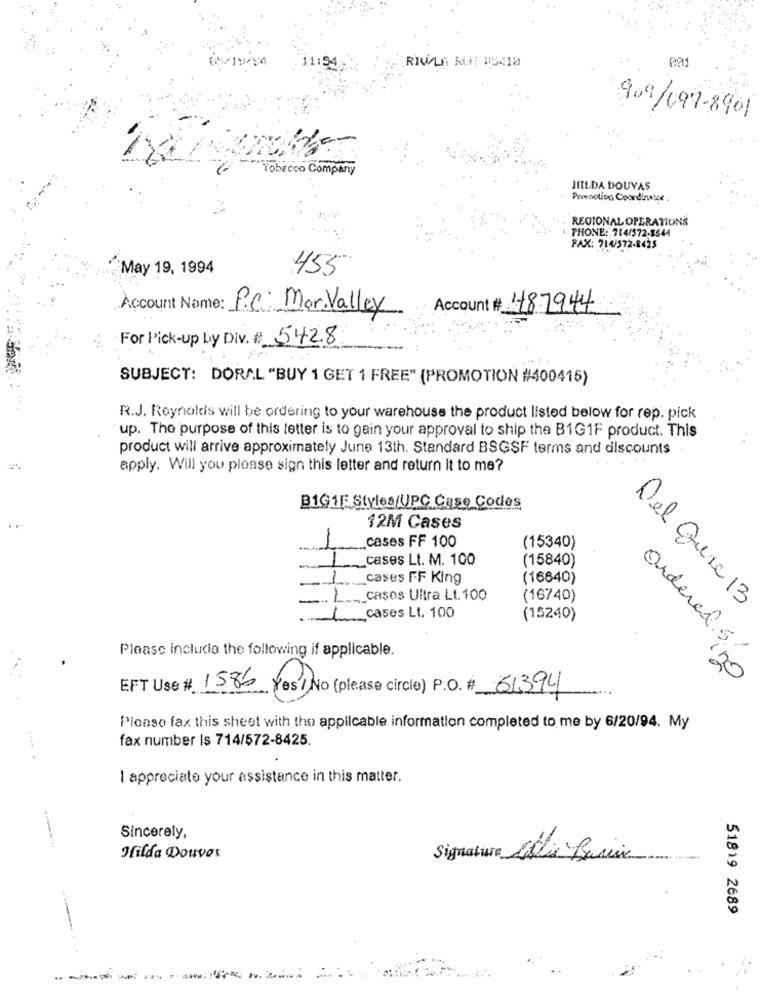
11:54
RIVOLI RUE #15410
909/197-8901
Tobacco Company
HILDA DOUVAS
Prenction Coordinator.
REGIONAL OPERATIONS
PHONE: 714/572-3644
FAX: 714/572-8425
May 19, 1994
455
Account # 487944
Account Name: P.C: Mar.Valley
For Pick-up by Div. # 5428
SUBJECT: DORAL "BUY 1 GET 1 FREE" (PROMOTION #400415)
.. .
R.J. Reynolds will be ordering to your warehouse the product listed below for rep. pick
up. The purpose of this letter is to gain your approval to ship the B1G1F product. This
product will arrive approximately June 13th. Standard BSGSF terms and discounts
apply. Will you please sign this letter and return it to me?
B1GIF Styles/UPC Case Codes
12M Cases
cases FF 100
(15340)
cases Lt. M. 100
(15840)
m-
cases FF King
(16640)
-
casos Ultra Lt. 100
(16740)
Del Qurc 13
_cases Lt. 100
1
(15240)
Ordered 5
Please include the following if applicable.
20
EFT Use # 1586
Yes/ No (please circle) P.O. # 61394
Pioaso fax this sheet with the applicable information completed to me by 6/20/94. My
fax number Is 714/572-8425.
I appreciate your assistance in this matter.
----
Sincerely,
Hilda Douvas
Signature Colis Basic
...
51819 2689